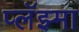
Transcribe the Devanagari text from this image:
प्लॅझ्मा